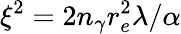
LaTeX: \xi^{2}=2n_{\gamma}r_{e}^{2}\lambda/\alpha